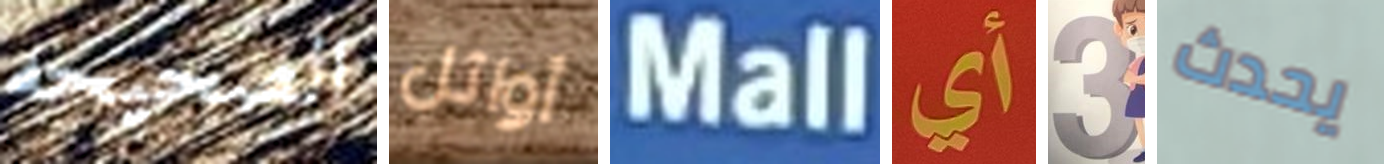
الصحيحه أوائل Mall أي 3 يحدث